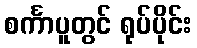
စင်္ကာပူတွင် ရုပ်ပိုင်း